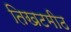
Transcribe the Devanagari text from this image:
तिखटमीठ